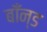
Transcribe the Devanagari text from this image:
बाँन्ड